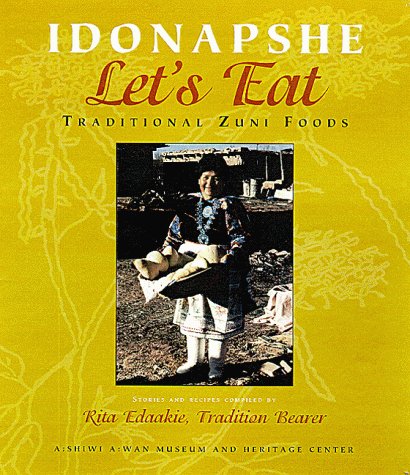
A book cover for Idonapshe / Let's Eat: Traditional Zuni Foods; A:shiwi A:wan Museum and Heritage Center; Cookbooks, Food & Wine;